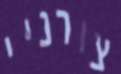
צורניי